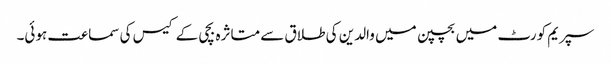
سپریم کورٹ میں بچپن میں والدین کی طلاق سے متاثرہ بچی کے کیس کی سماعت ہوئی۔